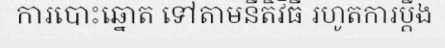
ការបោះឆ្នោត ទៅតាមនីតិវិធី រហូតការប្តឹង